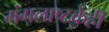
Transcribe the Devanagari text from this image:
मंगलाष्टकेही